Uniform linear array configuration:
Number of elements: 48
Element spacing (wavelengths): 0.75
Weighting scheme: uniform
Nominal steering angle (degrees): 0
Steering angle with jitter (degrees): -1.551
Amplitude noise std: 0.05
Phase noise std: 0.05

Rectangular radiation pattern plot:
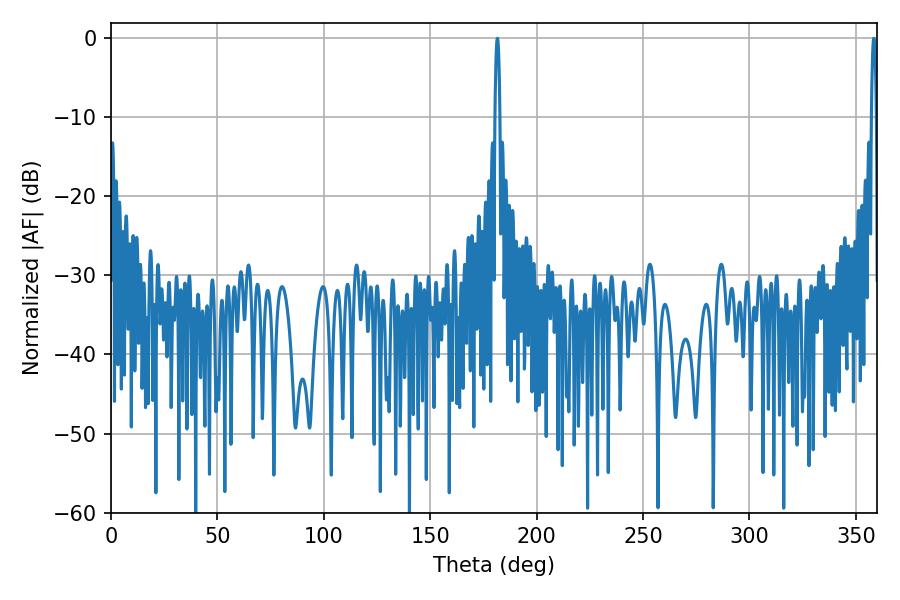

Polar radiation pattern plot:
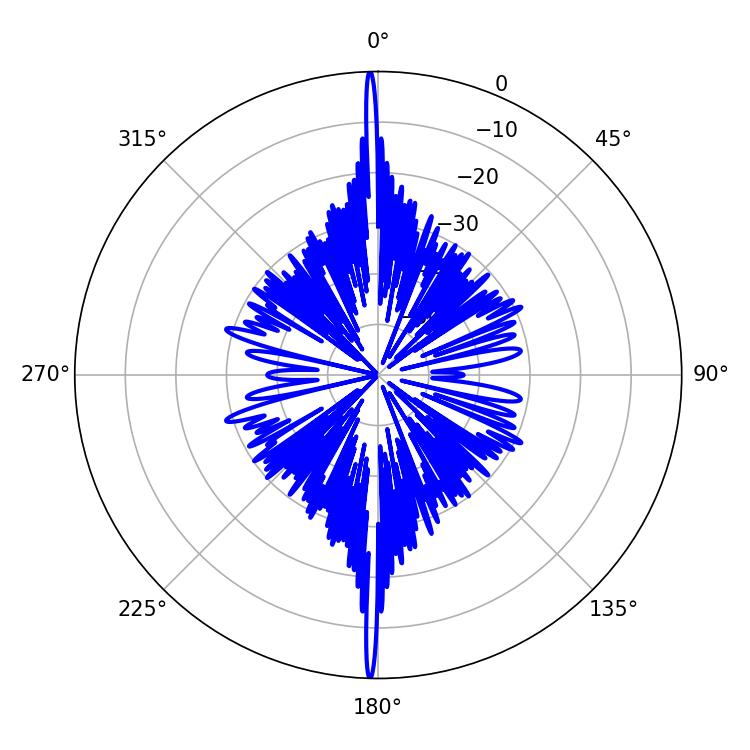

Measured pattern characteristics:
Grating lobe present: TRUE
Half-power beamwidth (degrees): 1.26
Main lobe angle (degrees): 181.62